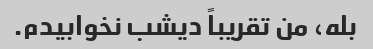
بله، من تقریباً دیشب نخوابیدم.